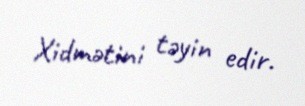
Xidmətini təyin edir.